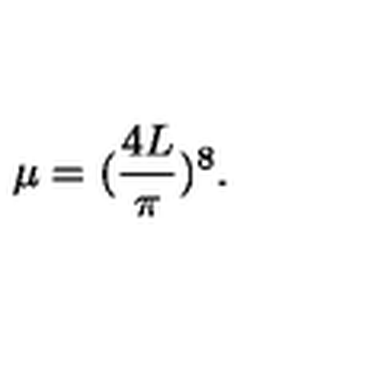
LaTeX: \mu = ( \frac { 4 L } { \pi } ) ^ { 8 } .